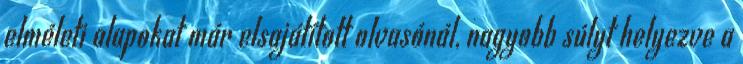
elméleti alapokat már elsajátított olvasónál, nagyobb súlyt helyezve a